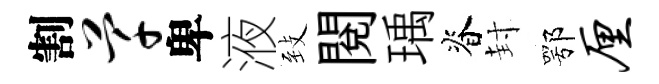
割芊卑液𦤺閲瑀脊封鄂厘